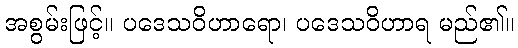
အစွမ်းဖြင့်။ ပဒေသဝိဟာရော၊ ပဒေသဝိဟာရ မည်၏။